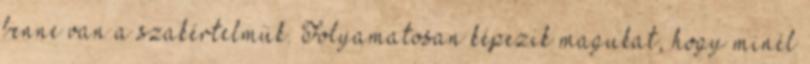
benne van a szakértelmük. Folyamatosan képezik magukat, hogy minél